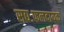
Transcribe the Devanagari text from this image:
सद्यःफलदायक